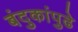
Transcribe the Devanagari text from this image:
बंदुकांपुढे